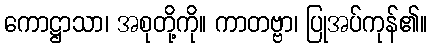
ကောဋ္ဌာသာ၊ အစုတို့ကို။ ကာတဗ္ဗာ၊ ပြုအပ်ကုန်၏။